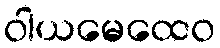
ဝါယမေထေဝ